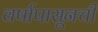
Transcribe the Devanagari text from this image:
वर्षापासूनची